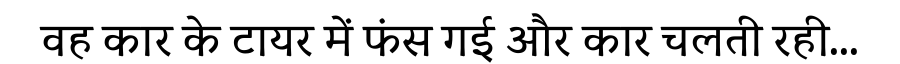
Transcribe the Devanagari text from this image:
वह कार के टायर में फंस गई और कार चलती रही...